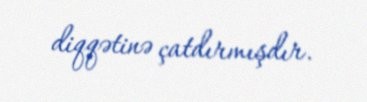
diqqətinə çatdırmışdır.